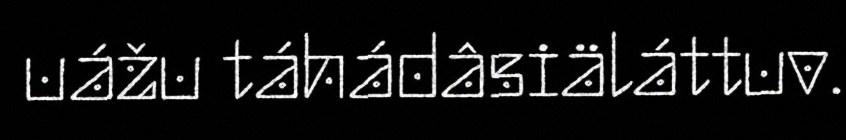
uážu táhádâsiäláttuv.